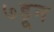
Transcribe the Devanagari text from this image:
७हून